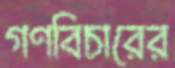
গণবিচারের